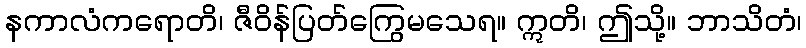
နကာလံကရောတိ၊ ဇီဝိန်ပြတ်ကြွေမသေရ။ ဣတိ၊ ဤသို့။ ဘာသိတံ၊